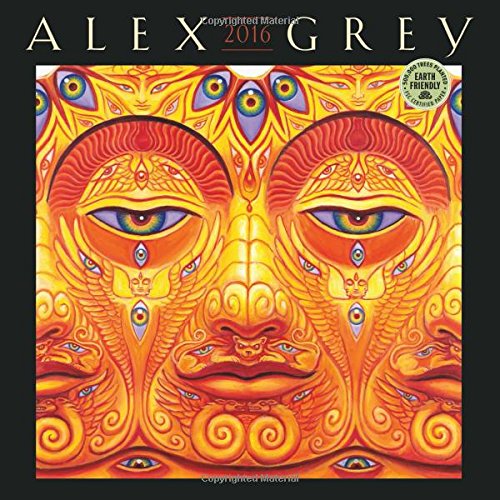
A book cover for Alex Grey 2016 Wall Calendar; Alex Grey; Religion & Spirituality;